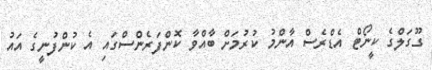
ގޫގަލްގެ ކީނޯޓް އެޑްރެސް އާންމު ކުރުމަށް ބާއްވާ ކޮންފަރެންސްގައި އެ ކުންފުނީގެ އައު